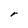
Character: r